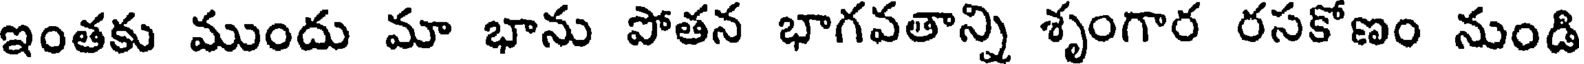
ఇంతకు ముందు మా భాను పోతన భాగవతాన్ని శృంగార రసకోణం నుండి